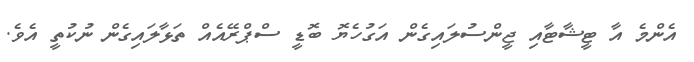
އެންމެ އާ ޓީޝާޓާއި ޖީންސުލައިގެން އަގުހެޔޮ ބޮޑީ ސްޕްރޭއެއް ތަޅާލައިގެން ނުކުތީ އެވެ.